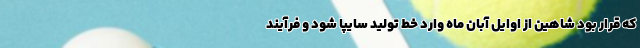
که قرار بود شاهین از اوایل آبان ماه وارد خط تولید سایپا شود و فرآیند